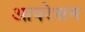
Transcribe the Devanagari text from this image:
आपरेसन